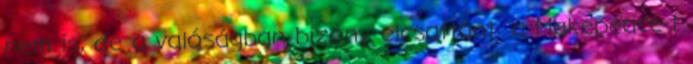
nem is, de a valóságban bizony elcsattant: a Makepeace-t